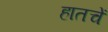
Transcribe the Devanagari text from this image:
हातचें